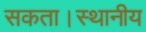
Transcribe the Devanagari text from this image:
सकता।स्थानीय